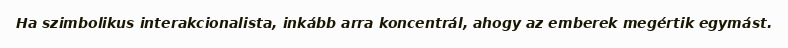
Ha szimbolikus interakcionalista, inkább arra koncentrál, ahogy az emberek megértik egymást.